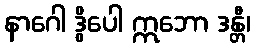
နာဂေါ ဒွိပေါ ဣဘော ဒန္တီ၊